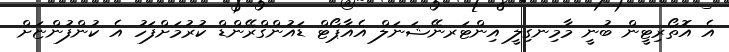
އެ އޮތޯރިޓީން ބުނީ މާމިނގިލީ އިންޓަރނޭޝަނަލް އެއާޕޯޓް ޑައުންގްރޭންޑް ކުރުމަށްފަހު އެ ކުންފުންޏަށް